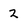
Character: 2